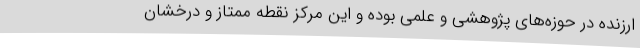
ارزنده در حوزه‌های پژوهشی و علمی بوده و این مرکز نقطه ممتاز و درخشان